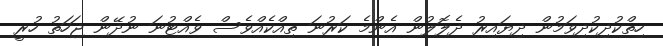
ހިތްކުދިކުދިވަމުން ދިޔައިރު ދެލޮލުން އެންމެ ކަރުނަ ތިއްކެއްވެސް ވެއްޓުނަ ނުދޭން ޖަހަތު ހުރީ